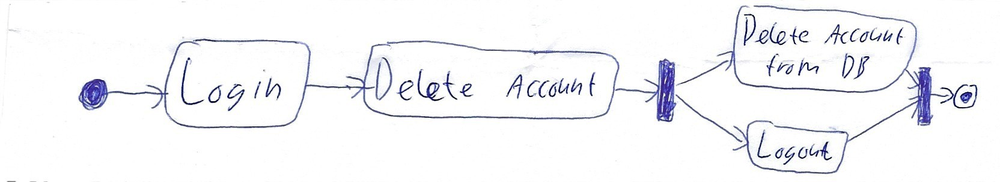
Diagram type: activity_diagram
```plantuml
@startuml

start

:Login;

:Delete Account;

fork
  :Delete Account from DB;
fork again
  :Logout;
end fork

stop

@enduml
```